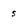
Character: s